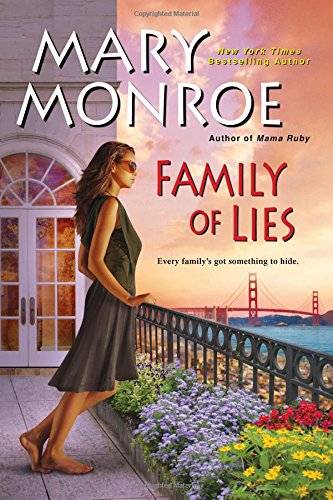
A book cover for Family of Lies; Mary Monroe; Literature & Fiction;